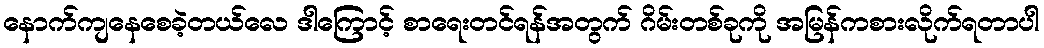
နောက်ကျနေစေခဲ့တယ်လေ ဒါကြောင့် စာရေးတင်ရန်အတွက် ဂိမ်းတစ်ခုကို အမြန်ကစားလိုက်ရတာပါ